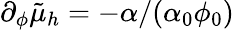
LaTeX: \partial_{\phi}\tilde{\mu}_{h}=-\alpha/(\alpha_{0}\phi_{0})